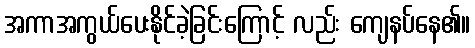
အကာအကွယ်ပေးနိုင်ခဲ့ခြင်းကြောင့် လည်း ကျေနပ်နေ၏။